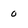
Character: o